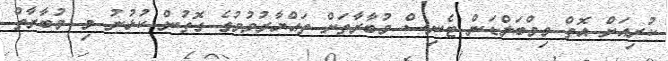
ކުރިއަށް އޮތް ވިމްބަލްޑަން ޓެނިސް މުބާރާތަށް ތައްޔާރުވުމުގެ ގޮތުން ކުޅުނު މި މުބާރާތް